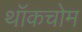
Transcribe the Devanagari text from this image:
थॉकचोम